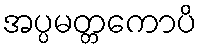
အပ္ပမတ္တကောပိ